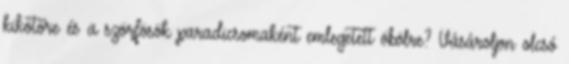
kikötőre és a szörfösök paradicsomaként emlegetett öbölre? Vásároljon olcsó